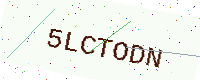
Text: 5LCTODN